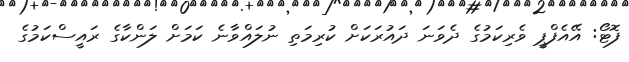
ފޮޓޯ: އޭއެފްޕީ ވެރިކަމުގެ ދެވަނަ ދައުރަކަށް ކުރިމަތި ނުލައްވާނެ ކަމަށް ލަންކާގެ ރައީސްކަމުގެ